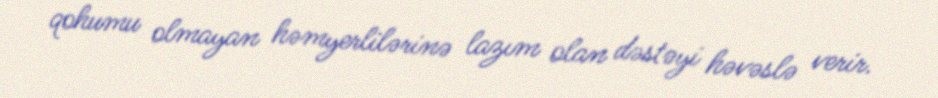
qohumu olmayan həmyerlilərinə lazım olan dəstəyi həvəslə verir.